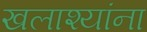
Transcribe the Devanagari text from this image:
खलाश्यांना